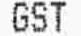
GST